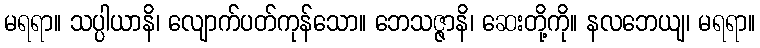
မရရာ။ သပ္ပါယာနိ၊ လျောက်ပတ်ကုန်သော။ ဘေသဇ္ဇာနိ၊ ဆေးတို့ကို။ နလဘေယျ၊ မရရာ။